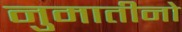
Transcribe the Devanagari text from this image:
नुमातीनो